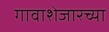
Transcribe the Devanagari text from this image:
गावाशेजारच्या